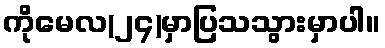
ကိုမေလ(၂၄)မှာပြသသွားမှာပါ။